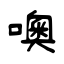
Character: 噢